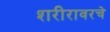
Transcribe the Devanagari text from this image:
शरीरावरचे